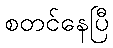
စတင်နေပြီ